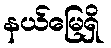
နယ်မြေရှိ